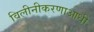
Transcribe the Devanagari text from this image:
विलीनीकरणाआधी